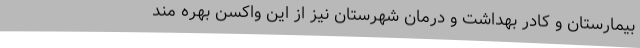
بیمارستان و کادر بهداشت و درمان شهرستان نیز از این واکسن بهره مند